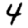
Digit: 4